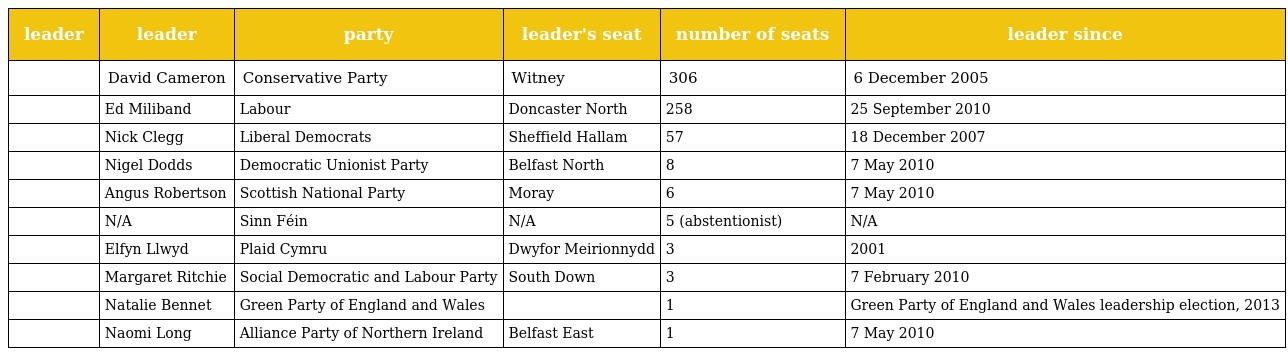
| leader | leader | party | leader's seat | number of seats | leader since |
 | --- | --- | --- | --- | --- | --- |
 |  | David Cameron | Conservative Party | Witney | 306 | 6 December 2005 |
 |  | Ed Miliband | Labour | Doncaster North | 258 | 25 September 2010 |
 |  | Nick Clegg | Liberal Democrats | Sheffield Hallam | 57 | 18 December 2007 |
 |  | Nigel Dodds | Democratic Unionist Party | Belfast North | 8 | 7 May 2010 |
 |  | Angus Robertson | Scottish National Party | Moray | 6 | 7 May 2010 |
 |  | N/A | Sinn Féin | N/A | 5 (abstentionist) | N/A |
 |  | Elfyn Llwyd | Plaid Cymru | Dwyfor Meirionnydd | 3 | 2001 |
 |  | Margaret Ritchie | Social Democratic and Labour Party | South Down | 3 | 7 February 2010 |
 |  | Natalie Bennet | Green Party of England and Wales |  | 1 | Green Party of England and Wales leadership election, 2013 |
 |  | Naomi Long | Alliance Party of Northern Ireland | Belfast East | 1 | 7 May 2010 |